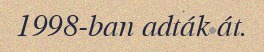
1998-ban adták át.